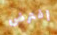
إفترض